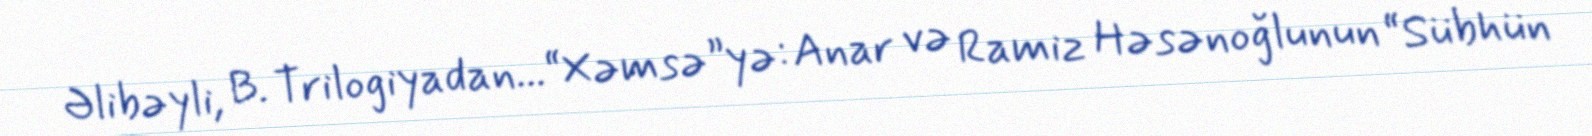
Əlibəyli, B. Trilogiyadan...“Xəmsə”yə: Anar və Ramiz Həsənoğlunun “Sübhün